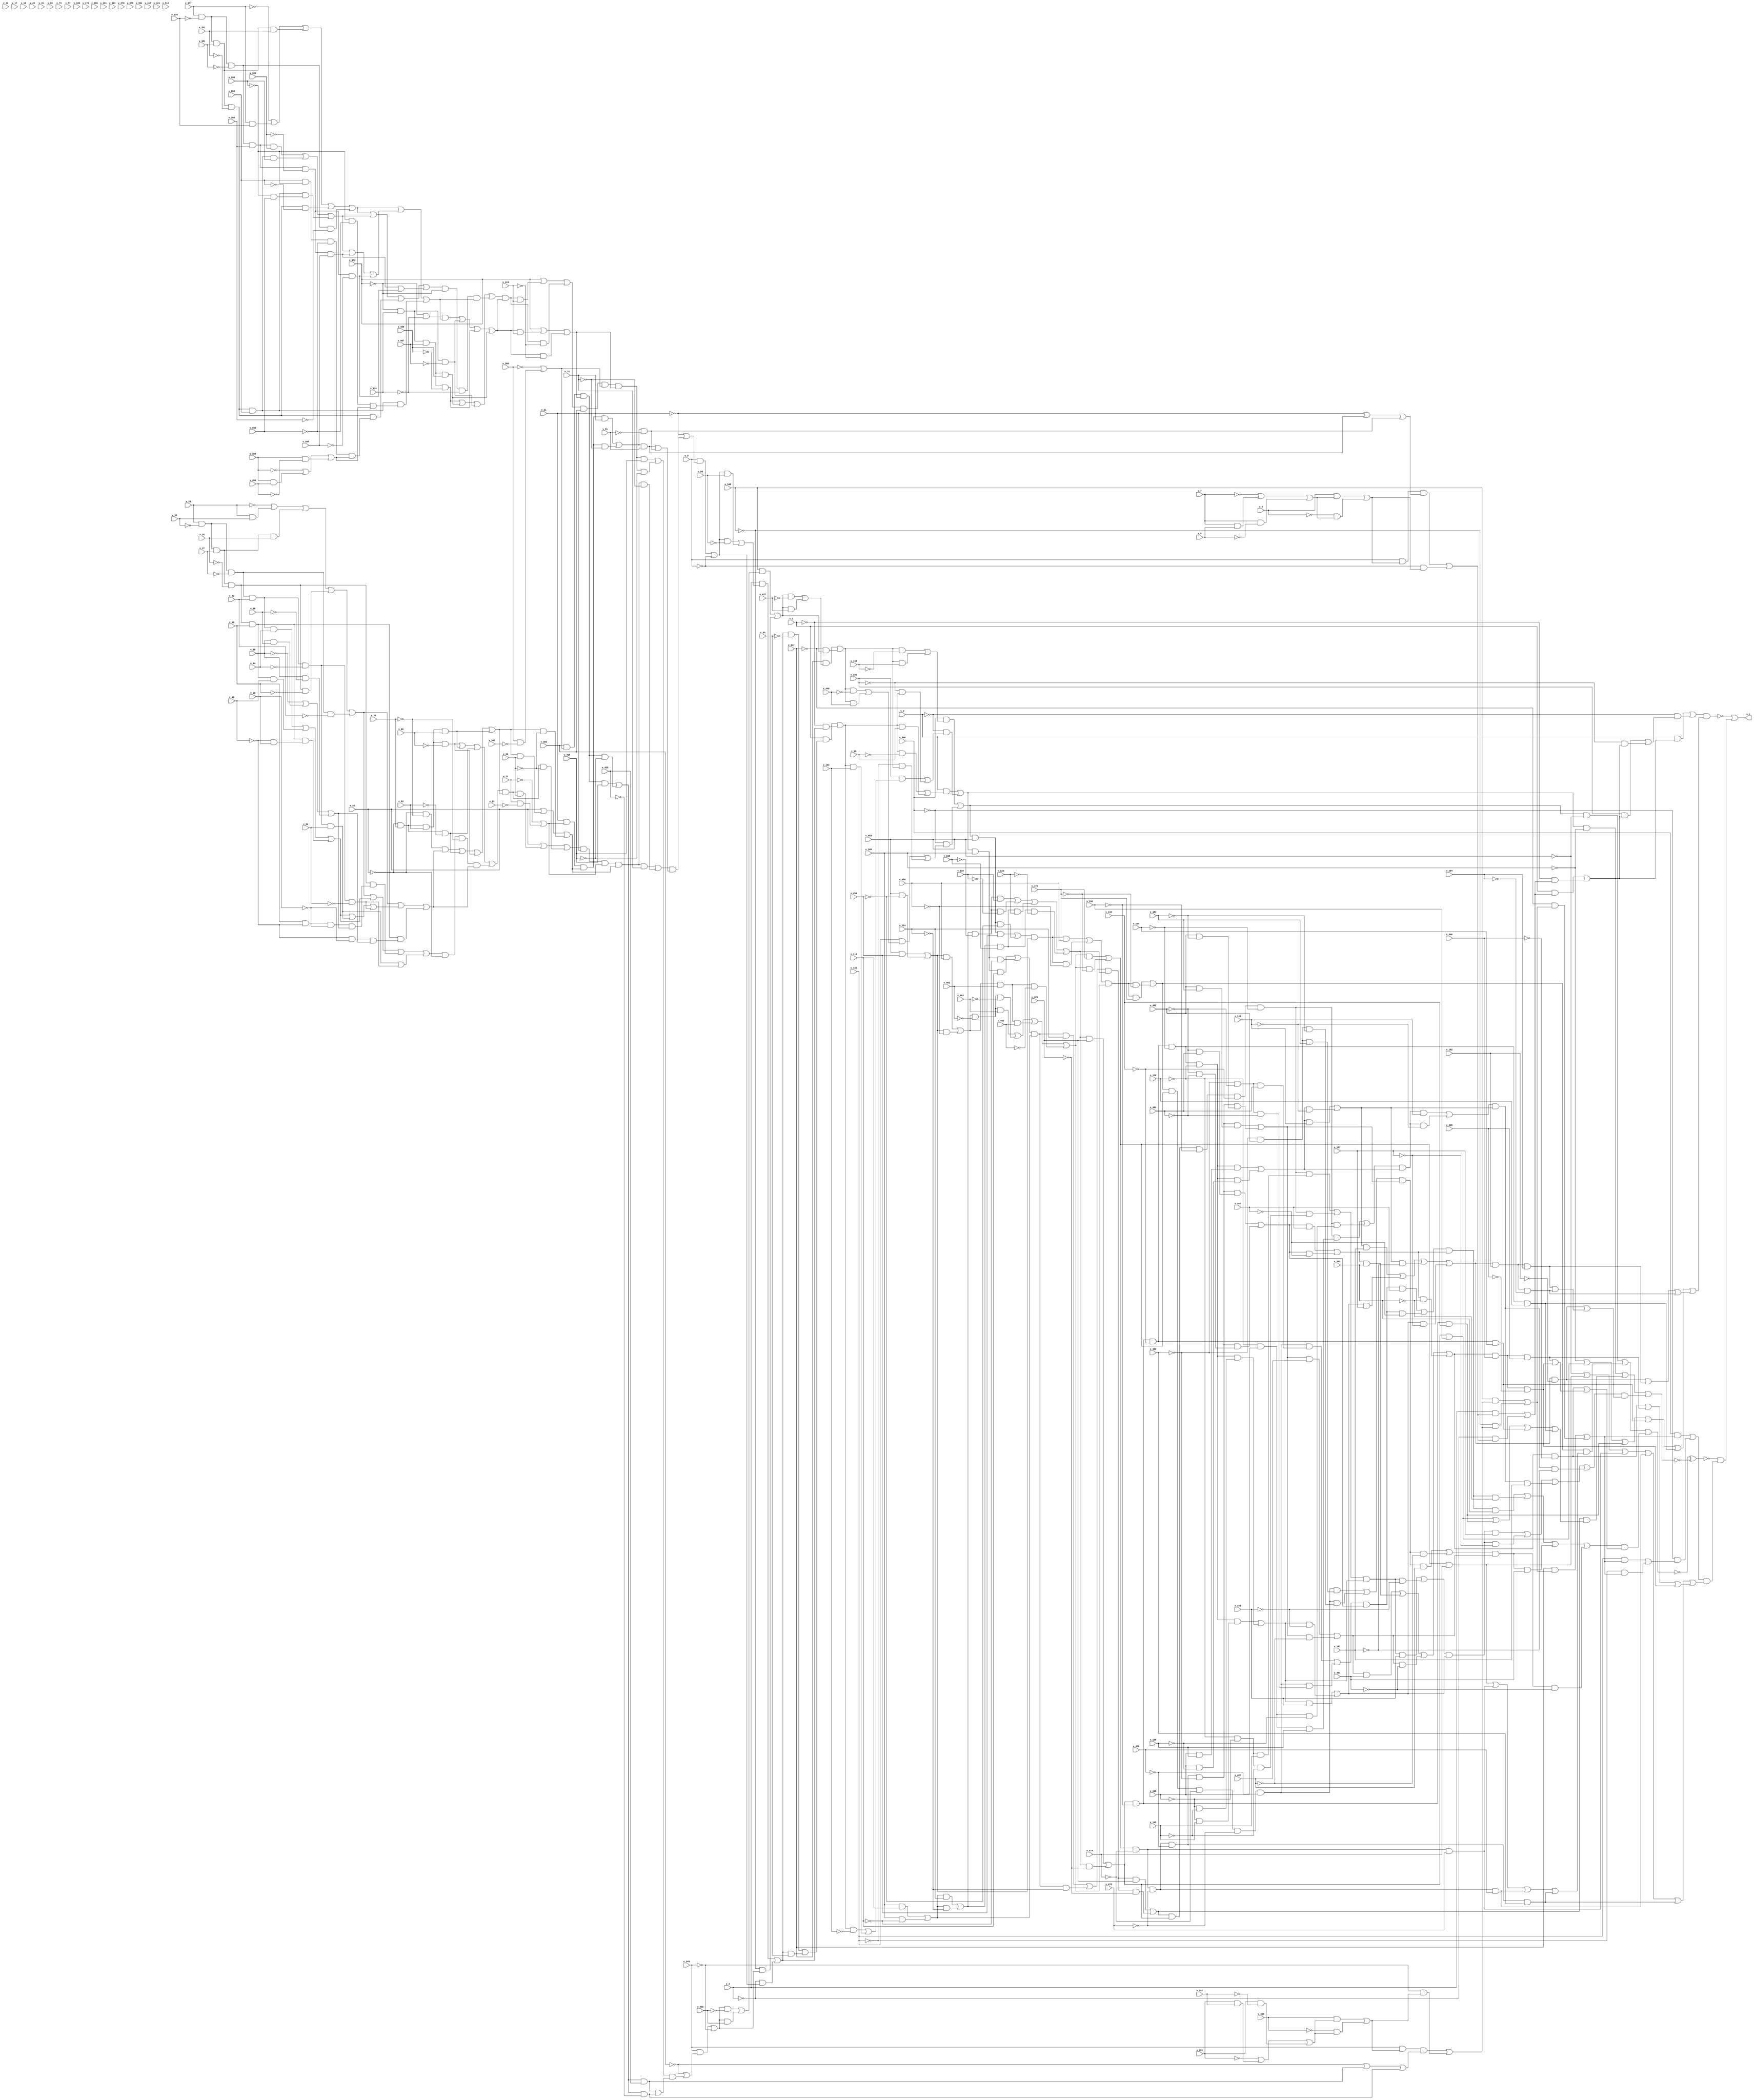
// Generated using findDep.cpp 
module stmt5_731_730 (v_2, v_3, v_4, v_5, v_6, v_7, v_8, v_12, v_17, v_19, v_21, v_22, v_23, v_26, v_28, v_30, v_31, v_33, v_35, v_37, v_38, v_40, v_42, v_44, v_46, v_48, v_50, v_52, v_55, v_56, v_63, v_65, v_69, v_73, v_75, v_77, v_81, v_88, v_93, v_98, v_101, v_102, v_109, v_110, v_114, v_118, v_119, v_122, v_126, v_130, v_132, v_134, v_136, v_138, v_139, v_143, v_147, v_149, v_153, v_157, v_162, v_164, v_168, v_170, v_346, v_347, v_348, v_349, v_350, v_351, v_352, v_356, v_361, v_363, v_365, v_366, v_367, v_370, v_372, v_374, v_375, v_377, v_379, v_381, v_382, v_384, v_386, v_388, v_390, v_392, v_394, v_396, v_399, v_400, v_407, v_409, v_413, v_417, v_419, v_421, v_425, v_432, v_437, v_442, v_445, v_446, v_453, v_454, v_458, v_462, v_463, v_466, v_470, v_474, v_476, v_478, v_480, v_482, v_483, v_487, v_491, v_493, v_497, v_501, v_506, v_508, v_512, o_1);
input v_2;
input v_3;
input v_4;
input v_5;
input v_6;
input v_7;
input v_8;
input v_12;
input v_17;
input v_19;
input v_21;
input v_22;
input v_23;
input v_26;
input v_28;
input v_30;
input v_31;
input v_33;
input v_35;
input v_37;
input v_38;
input v_40;
input v_42;
input v_44;
input v_46;
input v_48;
input v_50;
input v_52;
input v_55;
input v_56;
input v_63;
input v_65;
input v_69;
input v_73;
input v_75;
input v_77;
input v_81;
input v_88;
input v_93;
input v_98;
input v_101;
input v_102;
input v_109;
input v_110;
input v_114;
input v_118;
input v_119;
input v_122;
input v_126;
input v_130;
input v_132;
input v_134;
input v_136;
input v_138;
input v_139;
input v_143;
input v_147;
input v_149;
input v_153;
input v_157;
input v_162;
input v_164;
input v_168;
input v_170;
input v_346;
input v_347;
input v_348;
input v_349;
input v_350;
input v_351;
input v_352;
input v_356;
input v_361;
input v_363;
input v_365;
input v_366;
input v_367;
input v_370;
input v_372;
input v_374;
input v_375;
input v_377;
input v_379;
input v_381;
input v_382;
input v_384;
input v_386;
input v_388;
input v_390;
input v_392;
input v_394;
input v_396;
input v_399;
input v_400;
input v_407;
input v_409;
input v_413;
input v_417;
input v_419;
input v_421;
input v_425;
input v_432;
input v_437;
input v_442;
input v_445;
input v_446;
input v_453;
input v_454;
input v_458;
input v_462;
input v_463;
input v_466;
input v_470;
input v_474;
input v_476;
input v_478;
input v_480;
input v_482;
input v_483;
input v_487;
input v_491;
input v_493;
input v_497;
input v_501;
input v_506;
input v_508;
input v_512;
output o_1;
wire v_1;
wire v_9;
wire v_10;
wire v_11;
wire v_13;
wire v_14;
wire v_15;
wire v_16;
wire v_18;
wire v_20;
wire v_24;
wire v_25;
wire v_27;
wire v_29;
wire v_32;
wire v_34;
wire v_36;
wire v_39;
wire v_41;
wire v_43;
wire v_45;
wire v_47;
wire v_49;
wire v_51;
wire v_53;
wire v_54;
wire v_57;
wire v_58;
wire v_59;
wire v_60;
wire v_61;
wire v_62;
wire v_64;
wire v_66;
wire v_67;
wire v_68;
wire v_70;
wire v_71;
wire v_72;
wire v_74;
wire v_76;
wire v_78;
wire v_79;
wire v_80;
wire v_82;
wire v_83;
wire v_84;
wire v_85;
wire v_86;
wire v_87;
wire v_89;
wire v_90;
wire v_91;
wire v_92;
wire v_94;
wire v_95;
wire v_96;
wire v_97;
wire v_99;
wire v_100;
wire v_103;
wire v_104;
wire v_105;
wire v_106;
wire v_107;
wire v_108;
wire v_111;
wire v_112;
wire v_113;
wire v_115;
wire v_116;
wire v_117;
wire v_120;
wire v_121;
wire v_123;
wire v_124;
wire v_125;
wire v_127;
wire v_128;
wire v_129;
wire v_131;
wire v_133;
wire v_135;
wire v_137;
wire v_140;
wire v_141;
wire v_142;
wire v_144;
wire v_145;
wire v_146;
wire v_148;
wire v_150;
wire v_151;
wire v_152;
wire v_154;
wire v_155;
wire v_156;
wire v_158;
wire v_159;
wire v_160;
wire v_161;
wire v_163;
wire v_165;
wire v_166;
wire v_167;
wire v_169;
wire v_171;
wire v_172;
wire v_173;
wire v_174;
wire v_175;
wire v_176;
wire v_177;
wire v_178;
wire v_179;
wire v_180;
wire v_181;
wire v_182;
wire v_183;
wire v_184;
wire v_185;
wire v_186;
wire v_187;
wire v_188;
wire v_189;
wire v_190;
wire v_191;
wire v_192;
wire v_193;
wire v_194;
wire v_195;
wire v_196;
wire v_197;
wire v_198;
wire v_199;
wire v_200;
wire v_201;
wire v_202;
wire v_203;
wire v_204;
wire v_205;
wire v_206;
wire v_207;
wire v_208;
wire v_209;
wire v_210;
wire v_211;
wire v_212;
wire v_213;
wire v_214;
wire v_215;
wire v_216;
wire v_217;
wire v_218;
wire v_219;
wire v_220;
wire v_221;
wire v_222;
wire v_223;
wire v_224;
wire v_225;
wire v_226;
wire v_227;
wire v_228;
wire v_229;
wire v_230;
wire v_231;
wire v_232;
wire v_233;
wire v_234;
wire v_235;
wire v_236;
wire v_237;
wire v_238;
wire v_239;
wire v_240;
wire v_241;
wire v_242;
wire v_243;
wire v_244;
wire v_245;
wire v_246;
wire v_247;
wire v_248;
wire v_249;
wire v_250;
wire v_251;
wire v_252;
wire v_253;
wire v_254;
wire v_255;
wire v_256;
wire v_257;
wire v_258;
wire v_259;
wire v_260;
wire v_261;
wire v_262;
wire v_263;
wire v_264;
wire v_265;
wire v_266;
wire v_267;
wire v_268;
wire v_269;
wire v_270;
wire v_271;
wire v_272;
wire v_273;
wire v_274;
wire v_275;
wire v_276;
wire v_277;
wire v_278;
wire v_279;
wire v_280;
wire v_281;
wire v_282;
wire v_283;
wire v_284;
wire v_285;
wire v_286;
wire v_287;
wire v_288;
wire v_289;
wire v_290;
wire v_291;
wire v_292;
wire v_293;
wire v_294;
wire v_295;
wire v_296;
wire v_297;
wire v_298;
wire v_299;
wire v_300;
wire v_301;
wire v_302;
wire v_303;
wire v_304;
wire v_305;
wire v_306;
wire v_307;
wire v_308;
wire v_309;
wire v_310;
wire v_311;
wire v_312;
wire v_313;
wire v_314;
wire v_315;
wire v_316;
wire v_317;
wire v_318;
wire v_319;
wire v_320;
wire v_321;
wire v_322;
wire v_323;
wire v_324;
wire v_325;
wire v_326;
wire v_327;
wire v_328;
wire v_329;
wire v_330;
wire v_331;
wire v_332;
wire v_333;
wire v_334;
wire v_335;
wire v_336;
wire v_337;
wire v_338;
wire v_339;
wire v_340;
wire v_341;
wire v_342;
wire v_343;
wire v_344;
wire v_345;
wire v_353;
wire v_354;
wire v_355;
wire v_357;
wire v_358;
wire v_359;
wire v_360;
wire v_362;
wire v_364;
wire v_368;
wire v_369;
wire v_371;
wire v_373;
wire v_376;
wire v_378;
wire v_380;
wire v_383;
wire v_385;
wire v_387;
wire v_389;
wire v_391;
wire v_393;
wire v_395;
wire v_397;
wire v_398;
wire v_401;
wire v_402;
wire v_403;
wire v_404;
wire v_405;
wire v_406;
wire v_408;
wire v_410;
wire v_411;
wire v_412;
wire v_414;
wire v_415;
wire v_416;
wire v_418;
wire v_420;
wire v_422;
wire v_423;
wire v_424;
wire v_426;
wire v_427;
wire v_428;
wire v_429;
wire v_430;
wire v_431;
wire v_433;
wire v_434;
wire v_435;
wire v_436;
wire v_438;
wire v_439;
wire v_440;
wire v_441;
wire v_443;
wire v_444;
wire v_447;
wire v_448;
wire v_449;
wire v_450;
wire v_451;
wire v_452;
wire v_455;
wire v_456;
wire v_457;
wire v_459;
wire v_460;
wire v_461;
wire v_464;
wire v_465;
wire v_467;
wire v_468;
wire v_469;
wire v_471;
wire v_472;
wire v_473;
wire v_475;
wire v_477;
wire v_479;
wire v_481;
wire v_484;
wire v_485;
wire v_486;
wire v_488;
wire v_489;
wire v_490;
wire v_492;
wire v_494;
wire v_495;
wire v_496;
wire v_498;
wire v_499;
wire v_500;
wire v_502;
wire v_503;
wire v_504;
wire v_505;
wire v_507;
wire v_509;
wire v_510;
wire v_511;
wire v_513;
wire v_514;
wire v_515;
wire v_516;
wire v_517;
wire v_518;
wire v_519;
wire v_520;
wire v_521;
wire v_522;
wire v_523;
wire v_524;
wire v_525;
wire v_526;
wire v_527;
wire v_528;
wire v_529;
wire v_530;
wire v_531;
wire v_532;
wire v_533;
wire v_534;
wire v_535;
wire v_536;
wire v_537;
wire v_538;
wire v_539;
wire v_540;
wire v_541;
wire v_542;
wire v_543;
wire v_544;
wire v_545;
wire v_546;
wire v_547;
wire v_548;
wire v_549;
wire v_550;
wire v_551;
wire v_552;
wire v_553;
wire v_554;
wire v_555;
wire v_556;
wire v_557;
wire v_558;
wire v_559;
wire v_560;
wire v_561;
wire v_562;
wire v_563;
wire v_564;
wire v_565;
wire v_566;
wire v_567;
wire v_568;
wire v_569;
wire v_570;
wire v_571;
wire v_572;
wire v_573;
wire v_574;
wire v_575;
wire v_576;
wire v_577;
wire v_578;
wire v_579;
wire v_580;
wire v_581;
wire v_582;
wire v_583;
wire v_584;
wire v_585;
wire v_586;
wire v_587;
wire v_588;
wire v_589;
wire v_590;
wire v_591;
wire v_592;
wire v_593;
wire v_594;
wire v_595;
wire v_596;
wire v_597;
wire v_598;
wire v_599;
wire v_600;
wire v_601;
wire v_602;
wire v_603;
wire v_604;
wire v_605;
wire v_606;
wire v_607;
wire v_608;
wire v_609;
wire v_610;
wire v_611;
wire v_612;
wire v_613;
wire v_614;
wire v_615;
wire v_616;
wire v_617;
wire v_618;
wire v_619;
wire v_620;
wire v_621;
wire v_622;
wire v_623;
wire v_624;
wire v_625;
wire v_626;
wire v_627;
wire v_628;
wire v_629;
wire v_630;
wire v_631;
wire v_632;
wire v_633;
wire v_634;
wire v_635;
wire v_636;
wire v_637;
wire v_638;
wire v_639;
wire v_640;
wire v_641;
wire v_642;
wire v_643;
wire v_644;
wire v_645;
wire v_646;
wire v_647;
wire v_648;
wire v_649;
wire v_650;
wire v_651;
wire v_652;
wire v_653;
wire v_654;
wire v_655;
wire v_656;
wire v_657;
wire v_658;
wire v_659;
wire v_660;
wire v_661;
wire v_662;
wire v_663;
wire v_664;
wire v_665;
wire v_666;
wire v_667;
wire v_668;
wire v_669;
wire v_670;
wire v_671;
wire v_672;
wire v_673;
wire v_674;
wire v_675;
wire v_676;
wire v_677;
wire v_678;
wire v_679;
wire v_680;
wire v_681;
wire v_682;
wire v_683;
wire v_684;
wire v_685;
wire v_686;
wire v_687;
wire v_688;
wire v_689;
wire v_690;
wire v_691;
wire v_692;
wire v_693;
wire v_694;
wire v_695;
wire v_696;
wire v_697;
wire v_698;
wire v_699;
wire v_700;
wire v_701;
wire v_702;
wire v_703;
wire v_704;
wire v_705;
wire v_706;
wire v_707;
wire v_708;
wire v_709;
wire v_710;
wire v_711;
wire v_712;
wire v_713;
wire v_714;
wire v_715;
wire v_716;
wire v_717;
wire v_718;
wire v_719;
wire v_720;
wire v_721;
wire v_722;
wire v_723;
wire v_724;
wire v_725;
wire v_726;
wire v_727;
wire v_728;
wire v_729;
wire v_730;
wire v_731;
wire v_732;
wire v_733;
wire v_734;
wire v_735;
wire v_736;
wire v_737;
wire v_738;
wire v_739;
wire v_740;
wire v_741;
wire v_742;
wire v_743;
wire v_744;
wire v_745;
wire v_746;
wire v_747;
wire v_748;
wire v_749;
wire v_750;
wire v_751;
wire v_752;
wire v_753;
wire v_754;
wire v_755;
wire v_756;
wire v_757;
wire v_758;
wire v_759;
wire v_760;
wire v_761;
wire v_762;
wire v_763;
wire v_764;
wire v_765;
wire v_766;
wire v_767;
wire v_768;
wire v_769;
wire v_770;
wire v_771;
wire v_772;
wire v_773;
wire v_774;
wire v_775;
wire v_776;
wire v_777;
wire v_778;
wire v_779;
wire v_780;
wire v_781;
wire v_782;
wire v_783;
wire v_784;
wire x_1;
assign v_1 = 1;
assign v_13 = 1;
assign v_18 = 1;
assign v_20 = 1;
assign v_27 = 1;
assign v_32 = 1;
assign v_51 = 1;
assign v_74 = 1;
assign v_78 = 1;
assign v_89 = 1;
assign v_94 = 1;
assign v_99 = 1;
assign v_103 = 1;
assign v_169 = 1;
assign v_171 = 1;
assign v_173 = 1;
assign v_261 = 1;
assign v_357 = 1;
assign v_362 = 1;
assign v_364 = 1;
assign v_371 = 1;
assign v_376 = 1;
assign v_395 = 1;
assign v_418 = 1;
assign v_422 = 1;
assign v_433 = 1;
assign v_438 = 1;
assign v_443 = 1;
assign v_447 = 1;
assign v_513 = 1;
assign v_515 = 1;
assign v_603 = 1;
assign v_9 = v_7 & v_8;
assign v_10 = v_7 & ~v_8;
assign v_14 = v_6 & v_11;
assign v_15 = ~v_6 & v_11;
assign v_24 = v_22 & ~v_23;
assign v_29 = v_28;
assign v_34 = ~v_33;
assign v_36 = v_33 & v_35;
assign v_39 = v_33 & ~v_35 & v_37 & v_38;
assign v_41 = v_33 & ~v_35 & v_37 & ~v_38 & ~v_40;
assign v_43 = v_33 & ~v_35 & ~v_37 & ~v_42;
assign v_45 = v_33 & ~v_35 & ~v_37 & v_42 & v_44;
assign v_47 = v_691 & v_692;
assign v_49 = v_693 & v_694;
assign v_53 = v_695 & v_696;
assign v_54 = v_697 & v_698;
assign v_57 = v_55 & v_56;
assign v_58 = v_55 & ~v_56;
assign v_60 = v_699 & v_700;
assign v_62 = ~v_28 & ~v_30 & v_61;
assign v_64 = ~v_28 & v_30 & ~v_63;
assign v_66 = ~v_28 & v_30 & v_63 & ~v_65;
assign v_67 = ~v_28 & v_30 & v_63 & v_65;
assign v_70 = v_68 & v_69;
assign v_71 = v_68 & ~v_69;
assign v_76 = v_21 & v_25 & v_72 & v_75;
assign v_79 = v_21 & v_25 & v_72 & ~v_75;
assign v_82 = v_80 & v_81;
assign v_83 = v_80 & ~v_81;
assign v_85 = v_5 & v_16 & v_84;
assign v_86 = ~v_5 & v_16;
assign v_90 = v_4 & v_87;
assign v_91 = ~v_4 & v_87;
assign v_95 = v_3 & v_92;
assign v_96 = ~v_3 & v_92;
assign v_100 = v_2 & v_97;
assign v_104 = v_101 & v_97;
assign v_105 = ~v_101 & v_97;
assign v_107 = ~v_2 & v_106;
assign v_111 = v_109 & v_110;
assign v_112 = v_109 & ~v_110;
assign v_115 = v_113 & v_114;
assign v_116 = v_113 & ~v_114;
assign v_120 = v_117 & ~v_118 & v_119;
assign v_121 = v_117 & ~v_118 & ~v_119;
assign v_123 = v_117 & v_118 & v_122;
assign v_124 = v_117 & v_118 & ~v_122;
assign v_127 = v_125 & v_126;
assign v_128 = v_125 & ~v_126;
assign v_131 = v_129 & v_130;
assign v_133 = v_129 & ~v_130 & v_132;
assign v_135 = v_129 & ~v_130 & ~v_132 & v_134;
assign v_137 = v_129 & ~v_130 & ~v_132 & ~v_134 & v_136;
assign v_140 = v_701 & v_702;
assign v_141 = v_703 & v_704;
assign v_144 = v_142 & v_143;
assign v_145 = v_142 & ~v_143;
assign v_148 = v_146 & v_147;
assign v_150 = v_705 & v_706;
assign v_151 = v_707 & v_708;
assign v_154 = v_152 & v_153;
assign v_155 = v_152 & ~v_153;
assign v_158 = v_156 & v_157;
assign v_159 = v_146 & ~v_147;
assign v_160 = v_156 & ~v_157;
assign v_163 = v_161 & ~v_162;
assign v_165 = v_161 & v_162 & v_164;
assign v_166 = v_161 & v_162 & ~v_164;
assign v_172 = v_108 & v_167;
assign v_174 = v_6;
assign v_176 = v_175 & ~v_21;
assign v_177 = v_175 & v_28;
assign v_178 = v_175 & ~v_28 & v_30 & v_63 & ~v_65;
assign v_179 = v_175 & ~v_28 & v_30 & v_63 & v_65;
assign v_180 = v_175 & ~v_28 & v_30 & ~v_63;
assign v_181 = v_175 & v_31;
assign v_182 = v_175 & ~v_31;
assign v_185 = v_183 & v_184;
assign v_186 = v_709 & v_710;
assign v_188 = v_183 & v_187;
assign v_190 = v_189 & ~v_28 & ~v_30 & v_61;
assign v_192 = v_191 & v_68 & v_69;
assign v_193 = v_191 & v_68 & ~v_69;
assign v_195 = v_194 & v_21 & v_25 & v_72 & v_75;
assign v_196 = v_194 & v_21 & v_25 & v_72 & ~v_75;
assign v_199 = v_197 & v_198;
assign v_201 = v_5 & v_200;
assign v_202 = ~v_5 & v_175;
assign v_204 = v_203 & ~v_88;
assign v_205 = v_203 & v_88;
assign v_207 = v_4 & v_206;
assign v_208 = ~v_4 & v_203;
assign v_210 = v_209 & ~v_93;
assign v_211 = v_209 & v_93;
assign v_213 = v_3 & v_212;
assign v_214 = ~v_3 & v_209;
assign v_216 = v_215 & ~v_98;
assign v_217 = v_215 & v_98;
assign v_219 = v_2 & v_218;
assign v_220 = v_215 & ~v_102;
assign v_221 = v_215 & v_102;
assign v_223 = v_101 & v_222;
assign v_224 = ~v_101 & v_215;
assign v_226 = ~v_2 & v_225;
assign v_228 = v_227 & ~v_109;
assign v_229 = v_227 & v_109 & v_110;
assign v_230 = v_227 & v_109 & ~v_110;
assign v_232 = v_231 & v_113 & v_114;
assign v_233 = v_231 & v_113 & ~v_114;
assign v_235 = v_234 & v_125 & v_126;
assign v_236 = v_234 & v_125 & ~v_126;
assign v_239 = v_237 & v_238;
assign v_240 = v_711 & v_712;
assign v_241 = v_713 & v_714;
assign v_243 = v_242 & v_152 & v_153;
assign v_244 = v_242 & v_152 & ~v_153;
assign v_246 = v_245 & v_156 & v_157;
assign v_247 = v_245 & v_156 & ~v_157;
assign v_248 = v_715 & v_716;
assign v_249 = v_717 & v_718;
assign v_251 = v_250 & v_142 & v_143;
assign v_252 = v_250 & v_142 & ~v_143;
assign v_254 = v_253 & v_146 & v_147;
assign v_255 = v_253 & v_146 & ~v_147;
assign v_259 = v_256 & v_258;
assign v_262 = v_6;
assign v_264 = v_263 & ~v_21;
assign v_265 = v_263 & v_28;
assign v_266 = v_263 & ~v_28 & v_30 & v_63 & ~v_65;
assign v_267 = v_263 & ~v_28 & v_30 & v_63 & v_65;
assign v_268 = v_263 & ~v_28 & v_30 & ~v_63;
assign v_269 = v_263 & v_31;
assign v_270 = v_263 & ~v_31;
assign v_273 = v_271 & v_272;
assign v_274 = v_719 & v_720;
assign v_275 = v_271 & v_187;
assign v_277 = v_276 & ~v_28 & ~v_30 & v_61;
assign v_279 = v_278 & v_68 & v_69;
assign v_280 = v_278 & v_68 & ~v_69;
assign v_282 = v_281 & v_21 & v_25 & v_72 & v_75;
assign v_283 = v_281 & v_21 & v_25 & v_72 & ~v_75;
assign v_285 = v_284 & v_198;
assign v_287 = v_5 & v_286;
assign v_288 = ~v_5 & v_263;
assign v_290 = v_289 & ~v_88;
assign v_291 = v_289 & v_88;
assign v_293 = v_4 & v_292;
assign v_294 = ~v_4 & v_289;
assign v_296 = v_295 & ~v_93;
assign v_297 = v_295 & v_93;
assign v_299 = v_3 & v_298;
assign v_300 = ~v_3 & v_295;
assign v_302 = v_301 & ~v_98;
assign v_303 = v_301 & v_98;
assign v_305 = v_2 & v_304;
assign v_306 = v_301 & ~v_102;
assign v_307 = v_301 & v_102;
assign v_309 = v_101 & v_308;
assign v_310 = ~v_101 & v_301;
assign v_312 = ~v_2 & v_311;
assign v_314 = v_313 & ~v_109;
assign v_315 = v_313 & v_109 & v_110;
assign v_316 = v_313 & v_109 & ~v_110;
assign v_318 = v_317 & v_113 & v_114;
assign v_319 = v_317 & v_113 & ~v_114;
assign v_321 = v_320 & v_125 & v_126;
assign v_322 = v_320 & v_125 & ~v_126;
assign v_325 = v_323 & v_324;
assign v_326 = v_721 & v_722;
assign v_327 = v_723 & v_724;
assign v_329 = v_328 & v_152 & v_153;
assign v_330 = v_328 & v_152 & ~v_153;
assign v_332 = v_331 & v_156 & v_157;
assign v_333 = v_331 & v_156 & ~v_157;
assign v_334 = v_725 & v_726;
assign v_335 = v_727 & v_728;
assign v_337 = v_336 & v_142 & v_143;
assign v_338 = v_336 & v_142 & ~v_143;
assign v_340 = v_339 & v_146 & v_147;
assign v_341 = v_339 & v_146 & ~v_147;
assign v_344 = v_342 & v_343;
assign v_353 = v_351 & v_352;
assign v_354 = v_351 & ~v_352;
assign v_358 = v_350 & v_355;
assign v_359 = ~v_350 & v_355;
assign v_368 = v_366 & ~v_367;
assign v_373 = v_372;
assign v_378 = ~v_377;
assign v_380 = v_377 & v_379;
assign v_383 = v_377 & ~v_379 & v_381 & v_382;
assign v_385 = v_377 & ~v_379 & v_381 & ~v_382 & ~v_384;
assign v_387 = v_377 & ~v_379 & ~v_381 & ~v_386;
assign v_389 = v_377 & ~v_379 & ~v_381 & v_386 & v_388;
assign v_391 = v_729 & v_730;
assign v_393 = v_731 & v_732;
assign v_397 = v_733 & v_734;
assign v_398 = v_735 & v_736;
assign v_401 = v_399 & v_400;
assign v_402 = v_399 & ~v_400;
assign v_404 = v_737 & v_738;
assign v_406 = ~v_372 & ~v_374 & v_405;
assign v_408 = ~v_372 & v_374 & ~v_407;
assign v_410 = ~v_372 & v_374 & v_407 & ~v_409;
assign v_411 = ~v_372 & v_374 & v_407 & v_409;
assign v_414 = v_412 & v_413;
assign v_415 = v_412 & ~v_413;
assign v_420 = v_365 & v_369 & v_416 & v_419;
assign v_423 = v_365 & v_369 & v_416 & ~v_419;
assign v_426 = v_424 & v_425;
assign v_427 = v_424 & ~v_425;
assign v_429 = v_349 & v_360 & v_428;
assign v_430 = ~v_349 & v_360;
assign v_434 = v_348 & v_431;
assign v_435 = ~v_348 & v_431;
assign v_439 = v_347 & v_436;
assign v_440 = ~v_347 & v_436;
assign v_444 = v_346 & v_441;
assign v_448 = v_445 & v_441;
assign v_449 = ~v_445 & v_441;
assign v_451 = ~v_346 & v_450;
assign v_455 = v_453 & v_454;
assign v_456 = v_453 & ~v_454;
assign v_459 = v_457 & v_458;
assign v_460 = v_457 & ~v_458;
assign v_464 = v_461 & ~v_462 & v_463;
assign v_465 = v_461 & ~v_462 & ~v_463;
assign v_467 = v_461 & v_462 & v_466;
assign v_468 = v_461 & v_462 & ~v_466;
assign v_471 = v_469 & v_470;
assign v_472 = v_469 & ~v_470;
assign v_475 = v_473 & v_474;
assign v_477 = v_473 & ~v_474 & v_476;
assign v_479 = v_473 & ~v_474 & ~v_476 & v_478;
assign v_481 = v_473 & ~v_474 & ~v_476 & ~v_478 & v_480;
assign v_484 = v_739 & v_740;
assign v_485 = v_741 & v_742;
assign v_488 = v_486 & v_487;
assign v_489 = v_486 & ~v_487;
assign v_492 = v_490 & v_491;
assign v_494 = v_743 & v_744;
assign v_495 = v_745 & v_746;
assign v_498 = v_496 & v_497;
assign v_499 = v_496 & ~v_497;
assign v_502 = v_500 & v_501;
assign v_503 = v_490 & ~v_491;
assign v_504 = v_500 & ~v_501;
assign v_507 = v_505 & ~v_506;
assign v_509 = v_505 & v_506 & v_508;
assign v_510 = v_505 & v_506 & ~v_508;
assign v_514 = v_452 & v_511;
assign v_516 = v_350;
assign v_518 = v_517 & ~v_365;
assign v_519 = v_517 & v_372;
assign v_520 = v_517 & ~v_372 & v_374 & v_407 & ~v_409;
assign v_521 = v_517 & ~v_372 & v_374 & v_407 & v_409;
assign v_522 = v_517 & ~v_372 & v_374 & ~v_407;
assign v_523 = v_517 & v_375;
assign v_524 = v_517 & ~v_375;
assign v_527 = v_525 & v_526;
assign v_528 = v_747 & v_748;
assign v_530 = v_525 & v_529;
assign v_532 = v_531 & ~v_372 & ~v_374 & v_405;
assign v_534 = v_533 & v_412 & v_413;
assign v_535 = v_533 & v_412 & ~v_413;
assign v_537 = v_536 & v_365 & v_369 & v_416 & v_419;
assign v_538 = v_536 & v_365 & v_369 & v_416 & ~v_419;
assign v_541 = v_539 & v_540;
assign v_543 = v_349 & v_542;
assign v_544 = ~v_349 & v_517;
assign v_546 = v_545 & ~v_432;
assign v_547 = v_545 & v_432;
assign v_549 = v_348 & v_548;
assign v_550 = ~v_348 & v_545;
assign v_552 = v_551 & ~v_437;
assign v_553 = v_551 & v_437;
assign v_555 = v_347 & v_554;
assign v_556 = ~v_347 & v_551;
assign v_558 = v_557 & ~v_442;
assign v_559 = v_557 & v_442;
assign v_561 = v_346 & v_560;
assign v_562 = v_557 & ~v_446;
assign v_563 = v_557 & v_446;
assign v_565 = v_445 & v_564;
assign v_566 = ~v_445 & v_557;
assign v_568 = ~v_346 & v_567;
assign v_570 = v_569 & ~v_453;
assign v_571 = v_569 & v_453 & v_454;
assign v_572 = v_569 & v_453 & ~v_454;
assign v_574 = v_573 & v_457 & v_458;
assign v_575 = v_573 & v_457 & ~v_458;
assign v_577 = v_576 & v_469 & v_470;
assign v_578 = v_576 & v_469 & ~v_470;
assign v_581 = v_579 & v_580;
assign v_582 = v_749 & v_750;
assign v_583 = v_751 & v_752;
assign v_585 = v_584 & v_496 & v_497;
assign v_586 = v_584 & v_496 & ~v_497;
assign v_588 = v_587 & v_500 & v_501;
assign v_589 = v_587 & v_500 & ~v_501;
assign v_590 = v_753 & v_754;
assign v_591 = v_755 & v_756;
assign v_593 = v_592 & v_486 & v_487;
assign v_594 = v_592 & v_486 & ~v_487;
assign v_596 = v_595 & v_490 & v_491;
assign v_597 = v_595 & v_490 & ~v_491;
assign v_601 = v_598 & v_600;
assign v_604 = v_350;
assign v_606 = v_605 & ~v_365;
assign v_607 = v_605 & v_372;
assign v_608 = v_605 & ~v_372 & v_374 & v_407 & ~v_409;
assign v_609 = v_605 & ~v_372 & v_374 & v_407 & v_409;
assign v_610 = v_605 & ~v_372 & v_374 & ~v_407;
assign v_611 = v_605 & v_375;
assign v_612 = v_605 & ~v_375;
assign v_615 = v_613 & v_614;
assign v_616 = v_757 & v_758;
assign v_617 = v_613 & v_529;
assign v_619 = v_618 & ~v_372 & ~v_374 & v_405;
assign v_621 = v_620 & v_412 & v_413;
assign v_622 = v_620 & v_412 & ~v_413;
assign v_624 = v_623 & v_365 & v_369 & v_416 & v_419;
assign v_625 = v_623 & v_365 & v_369 & v_416 & ~v_419;
assign v_627 = v_626 & v_540;
assign v_629 = v_349 & v_628;
assign v_630 = ~v_349 & v_605;
assign v_632 = v_631 & ~v_432;
assign v_633 = v_631 & v_432;
assign v_635 = v_348 & v_634;
assign v_636 = ~v_348 & v_631;
assign v_638 = v_637 & ~v_437;
assign v_639 = v_637 & v_437;
assign v_641 = v_347 & v_640;
assign v_642 = ~v_347 & v_637;
assign v_644 = v_643 & ~v_442;
assign v_645 = v_643 & v_442;
assign v_647 = v_346 & v_646;
assign v_648 = v_643 & ~v_446;
assign v_649 = v_643 & v_446;
assign v_651 = v_445 & v_650;
assign v_652 = ~v_445 & v_643;
assign v_654 = ~v_346 & v_653;
assign v_656 = v_655 & ~v_453;
assign v_657 = v_655 & v_453 & v_454;
assign v_658 = v_655 & v_453 & ~v_454;
assign v_660 = v_659 & v_457 & v_458;
assign v_661 = v_659 & v_457 & ~v_458;
assign v_663 = v_662 & v_469 & v_470;
assign v_664 = v_662 & v_469 & ~v_470;
assign v_667 = v_665 & v_666;
assign v_668 = v_759 & v_760;
assign v_669 = v_761 & v_762;
assign v_671 = v_670 & v_496 & v_497;
assign v_672 = v_670 & v_496 & ~v_497;
assign v_674 = v_673 & v_500 & v_501;
assign v_675 = v_673 & v_500 & ~v_501;
assign v_676 = v_763 & v_764;
assign v_677 = v_765 & v_766;
assign v_679 = v_678 & v_486 & v_487;
assign v_680 = v_678 & v_486 & ~v_487;
assign v_682 = v_681 & v_490 & v_491;
assign v_683 = v_681 & v_490 & ~v_491;
assign v_686 = v_684 & v_685;
assign v_690 = ~v_688 & ~v_689 & v_514;
assign v_691 = v_33 & ~v_35 & v_37 & ~v_38 & v_40;
assign v_692 = v_46;
assign v_693 = v_33 & ~v_35 & v_37 & ~v_38 & v_40;
assign v_694 = ~v_46 & v_48;
assign v_695 = v_33 & ~v_35 & ~v_37 & v_42 & ~v_44;
assign v_696 = v_52;
assign v_697 = v_33 & ~v_35 & ~v_37 & v_42 & ~v_44;
assign v_698 = ~v_52;
assign v_699 = v_33 & ~v_35 & v_37 & ~v_38 & v_40;
assign v_700 = ~v_46 & ~v_48 & v_59;
assign v_701 = v_129 & ~v_130 & ~v_132 & ~v_134 & ~v_136;
assign v_702 = v_138 & v_139;
assign v_703 = v_129 & ~v_130 & ~v_132 & ~v_134 & ~v_136;
assign v_704 = v_138 & ~v_139;
assign v_705 = v_129 & ~v_130 & ~v_132 & ~v_134 & ~v_136;
assign v_706 = ~v_138 & v_149;
assign v_707 = v_129 & ~v_130 & ~v_132 & ~v_134 & ~v_136;
assign v_708 = ~v_138 & ~v_149;
assign v_709 = v_183 & v_33 & ~v_35 & v_37 & ~v_38;
assign v_710 = v_40 & ~v_46 & ~v_48 & v_59;
assign v_711 = v_237 & v_129 & ~v_130 & ~v_132 & ~v_134;
assign v_712 = ~v_136 & ~v_138 & v_149;
assign v_713 = v_237 & v_129 & ~v_130 & ~v_132 & ~v_134;
assign v_714 = ~v_136 & ~v_138 & ~v_149;
assign v_715 = v_237 & v_129 & ~v_130 & ~v_132 & ~v_134;
assign v_716 = ~v_136 & v_138 & v_139;
assign v_717 = v_237 & v_129 & ~v_130 & ~v_132 & ~v_134;
assign v_718 = ~v_136 & v_138 & ~v_139;
assign v_719 = v_271 & v_33 & ~v_35 & v_37 & ~v_38;
assign v_720 = v_40 & ~v_46 & ~v_48 & v_59;
assign v_721 = v_323 & v_129 & ~v_130 & ~v_132 & ~v_134;
assign v_722 = ~v_136 & ~v_138 & v_149;
assign v_723 = v_323 & v_129 & ~v_130 & ~v_132 & ~v_134;
assign v_724 = ~v_136 & ~v_138 & ~v_149;
assign v_725 = v_323 & v_129 & ~v_130 & ~v_132 & ~v_134;
assign v_726 = ~v_136 & v_138 & v_139;
assign v_727 = v_323 & v_129 & ~v_130 & ~v_132 & ~v_134;
assign v_728 = ~v_136 & v_138 & ~v_139;
assign v_729 = v_377 & ~v_379 & v_381 & ~v_382 & v_384;
assign v_730 = v_390;
assign v_731 = v_377 & ~v_379 & v_381 & ~v_382 & v_384;
assign v_732 = ~v_390 & v_392;
assign v_733 = v_377 & ~v_379 & ~v_381 & v_386 & ~v_388;
assign v_734 = v_396;
assign v_735 = v_377 & ~v_379 & ~v_381 & v_386 & ~v_388;
assign v_736 = ~v_396;
assign v_737 = v_377 & ~v_379 & v_381 & ~v_382 & v_384;
assign v_738 = ~v_390 & ~v_392 & v_403;
assign v_739 = v_473 & ~v_474 & ~v_476 & ~v_478 & ~v_480;
assign v_740 = v_482 & v_483;
assign v_741 = v_473 & ~v_474 & ~v_476 & ~v_478 & ~v_480;
assign v_742 = v_482 & ~v_483;
assign v_743 = v_473 & ~v_474 & ~v_476 & ~v_478 & ~v_480;
assign v_744 = ~v_482 & v_493;
assign v_745 = v_473 & ~v_474 & ~v_476 & ~v_478 & ~v_480;
assign v_746 = ~v_482 & ~v_493;
assign v_747 = v_525 & v_377 & ~v_379 & v_381 & ~v_382;
assign v_748 = v_384 & ~v_390 & ~v_392 & v_403;
assign v_749 = v_579 & v_473 & ~v_474 & ~v_476 & ~v_478;
assign v_750 = ~v_480 & ~v_482 & v_493;
assign v_751 = v_579 & v_473 & ~v_474 & ~v_476 & ~v_478;
assign v_752 = ~v_480 & ~v_482 & ~v_493;
assign v_753 = v_579 & v_473 & ~v_474 & ~v_476 & ~v_478;
assign v_754 = ~v_480 & v_482 & v_483;
assign v_755 = v_579 & v_473 & ~v_474 & ~v_476 & ~v_478;
assign v_756 = ~v_480 & v_482 & ~v_483;
assign v_757 = v_613 & v_377 & ~v_379 & v_381 & ~v_382;
assign v_758 = v_384 & ~v_390 & ~v_392 & v_403;
assign v_759 = v_665 & v_473 & ~v_474 & ~v_476 & ~v_478;
assign v_760 = ~v_480 & ~v_482 & v_493;
assign v_761 = v_665 & v_473 & ~v_474 & ~v_476 & ~v_478;
assign v_762 = ~v_480 & ~v_482 & ~v_493;
assign v_763 = v_665 & v_473 & ~v_474 & ~v_476 & ~v_478;
assign v_764 = ~v_480 & v_482 & v_483;
assign v_765 = v_665 & v_473 & ~v_474 & ~v_476 & ~v_478;
assign v_766 = ~v_480 & v_482 & ~v_483;
assign v_11 = ~v_7 | v_9 | v_10;
assign v_16 = v_14 | v_15;
assign v_25 = ~v_22 | v_24;
assign v_59 = ~v_55 | v_57 | v_58;
assign v_61 = v_767 | v_768 | v_769;
assign v_68 = v_62 | v_64 | v_66 | v_67;
assign v_72 = v_29 | v_70 | v_71;
assign v_80 = v_76 | v_79;
assign v_84 = ~v_21 | v_82 | v_83;
assign v_87 = v_85 | v_86;
assign v_92 = v_90 | v_91;
assign v_97 = v_95 | v_96;
assign v_106 = v_104 | v_105;
assign v_108 = v_100 | v_107;
assign v_113 = v_111 | v_112;
assign v_117 = v_115 | v_116;
assign v_125 = v_120 | v_121 | v_123 | v_124;
assign v_129 = v_127 | v_128;
assign v_142 = v_140 | v_141;
assign v_146 = v_144 | v_145;
assign v_152 = v_150 | v_151;
assign v_156 = v_154 | v_155;
assign v_161 = v_148 | v_158 | v_159 | v_160;
assign v_167 = v_770 | v_771;
assign v_175 = v_174 | ~v_6;
assign v_183 = v_181 | v_182;
assign v_184 = v_772 | v_773;
assign v_187 = v_53 | v_54;
assign v_189 = v_185 | v_186 | v_188;
assign v_191 = v_178 | v_179 | v_180 | v_190;
assign v_194 = v_177 | v_192 | v_193;
assign v_197 = v_195 | v_196;
assign v_198 = v_82 | v_83;
assign v_200 = v_176 | v_199;
assign v_203 = v_201 | v_202;
assign v_206 = v_204 | v_205;
assign v_209 = v_207 | v_208;
assign v_212 = v_210 | v_211;
assign v_215 = v_213 | v_214;
assign v_218 = v_216 | v_217;
assign v_222 = v_220 | v_221;
assign v_225 = v_223 | v_224;
assign v_227 = v_219 | v_226;
assign v_231 = v_229 | v_230;
assign v_234 = v_232 | v_233;
assign v_237 = v_235 | v_236;
assign v_238 = v_131 | v_133 | v_135 | v_137;
assign v_242 = v_240 | v_241;
assign v_245 = v_243 | v_244;
assign v_250 = v_248 | v_249;
assign v_253 = v_251 | v_252;
assign v_256 = v_246 | v_247 | v_254 | v_255;
assign v_257 = v_165 | v_166;
assign v_258 = v_163 | v_257;
assign v_260 = v_228 | v_239 | v_259;
assign v_263 = v_262 | ~v_6;
assign v_271 = v_269 | v_270;
assign v_272 = v_774 | v_775;
assign v_276 = v_273 | v_274 | v_275;
assign v_278 = v_266 | v_267 | v_268 | v_277;
assign v_281 = v_265 | v_279 | v_280;
assign v_284 = v_282 | v_283;
assign v_286 = v_264 | v_285;
assign v_289 = v_287 | v_288;
assign v_292 = v_290 | v_291;
assign v_295 = v_293 | v_294;
assign v_298 = v_296 | v_297;
assign v_301 = v_299 | v_300;
assign v_304 = v_302 | v_303;
assign v_308 = v_306 | v_307;
assign v_311 = v_309 | v_310;
assign v_313 = v_305 | v_312;
assign v_317 = v_315 | v_316;
assign v_320 = v_318 | v_319;
assign v_323 = v_321 | v_322;
assign v_324 = v_131 | v_133 | v_135 | v_137;
assign v_328 = v_326 | v_327;
assign v_331 = v_329 | v_330;
assign v_336 = v_334 | v_335;
assign v_339 = v_337 | v_338;
assign v_342 = v_332 | v_333 | v_340 | v_341;
assign v_343 = v_163 | v_257;
assign v_345 = v_314 | v_325 | v_344;
assign v_355 = ~v_351 | v_353 | v_354;
assign v_360 = v_358 | v_359;
assign v_369 = ~v_366 | v_368;
assign v_403 = ~v_399 | v_401 | v_402;
assign v_405 = v_776 | v_777 | v_778;
assign v_412 = v_406 | v_408 | v_410 | v_411;
assign v_416 = v_373 | v_414 | v_415;
assign v_424 = v_420 | v_423;
assign v_428 = ~v_365 | v_426 | v_427;
assign v_431 = v_429 | v_430;
assign v_436 = v_434 | v_435;
assign v_441 = v_439 | v_440;
assign v_450 = v_448 | v_449;
assign v_452 = v_444 | v_451;
assign v_457 = v_455 | v_456;
assign v_461 = v_459 | v_460;
assign v_469 = v_464 | v_465 | v_467 | v_468;
assign v_473 = v_471 | v_472;
assign v_486 = v_484 | v_485;
assign v_490 = v_488 | v_489;
assign v_496 = v_494 | v_495;
assign v_500 = v_498 | v_499;
assign v_505 = v_492 | v_502 | v_503 | v_504;
assign v_511 = v_779 | v_780;
assign v_517 = v_516 | ~v_350;
assign v_525 = v_523 | v_524;
assign v_526 = v_781 | v_782;
assign v_529 = v_397 | v_398;
assign v_531 = v_527 | v_528 | v_530;
assign v_533 = v_520 | v_521 | v_522 | v_532;
assign v_536 = v_519 | v_534 | v_535;
assign v_539 = v_537 | v_538;
assign v_540 = v_426 | v_427;
assign v_542 = v_518 | v_541;
assign v_545 = v_543 | v_544;
assign v_548 = v_546 | v_547;
assign v_551 = v_549 | v_550;
assign v_554 = v_552 | v_553;
assign v_557 = v_555 | v_556;
assign v_560 = v_558 | v_559;
assign v_564 = v_562 | v_563;
assign v_567 = v_565 | v_566;
assign v_569 = v_561 | v_568;
assign v_573 = v_571 | v_572;
assign v_576 = v_574 | v_575;
assign v_579 = v_577 | v_578;
assign v_580 = v_475 | v_477 | v_479 | v_481;
assign v_584 = v_582 | v_583;
assign v_587 = v_585 | v_586;
assign v_592 = v_590 | v_591;
assign v_595 = v_593 | v_594;
assign v_598 = v_588 | v_589 | v_596 | v_597;
assign v_599 = v_509 | v_510;
assign v_600 = v_507 | v_599;
assign v_602 = v_570 | v_581 | v_601;
assign v_605 = v_604 | ~v_350;
assign v_613 = v_611 | v_612;
assign v_614 = v_783 | v_784;
assign v_618 = v_615 | v_616 | v_617;
assign v_620 = v_608 | v_609 | v_610 | v_619;
assign v_623 = v_607 | v_621 | v_622;
assign v_626 = v_624 | v_625;
assign v_628 = v_606 | v_627;
assign v_631 = v_629 | v_630;
assign v_634 = v_632 | v_633;
assign v_637 = v_635 | v_636;
assign v_640 = v_638 | v_639;
assign v_643 = v_641 | v_642;
assign v_646 = v_644 | v_645;
assign v_650 = v_648 | v_649;
assign v_653 = v_651 | v_652;
assign v_655 = v_647 | v_654;
assign v_659 = v_657 | v_658;
assign v_662 = v_660 | v_661;
assign v_665 = v_663 | v_664;
assign v_666 = v_475 | v_477 | v_479 | v_481;
assign v_670 = v_668 | v_669;
assign v_673 = v_671 | v_672;
assign v_678 = v_676 | v_677;
assign v_681 = v_679 | v_680;
assign v_684 = v_674 | v_675 | v_682 | v_683;
assign v_685 = v_507 | v_599;
assign v_687 = v_656 | v_667 | v_686;
assign v_767 = v_34 | v_36 | v_39 | v_41 | v_43;
assign v_768 = v_45 | v_47 | v_49 | v_53 | v_54;
assign v_769 = v_60;
assign v_770 = ~v_109 | v_131 | v_133 | v_135 | v_137;
assign v_771 = v_163 | v_165 | v_166;
assign v_772 = v_34 | v_36 | v_39 | v_41 | v_43;
assign v_773 = v_45 | v_47 | v_49;
assign v_774 = v_34 | v_36 | v_39 | v_41 | v_43;
assign v_775 = v_45 | v_47 | v_49;
assign v_776 = v_378 | v_380 | v_383 | v_385 | v_387;
assign v_777 = v_389 | v_391 | v_393 | v_397 | v_398;
assign v_778 = v_404;
assign v_779 = ~v_453 | v_475 | v_477 | v_479 | v_481;
assign v_780 = v_507 | v_509 | v_510;
assign v_781 = v_378 | v_380 | v_383 | v_385 | v_387;
assign v_782 = v_389 | v_391 | v_393;
assign v_783 = v_378 | v_380 | v_383 | v_385 | v_387;
assign v_784 = v_389 | v_391 | v_393;
assign v_688 = ~v_602 ^ ~v_260;
assign v_689 = ~v_687 ^ ~v_345;
assign x_1 = ~v_172 | v_690;
assign o_1 = x_1;
endmodule